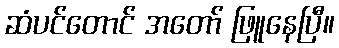
ဆံပင်တောင် အတော် ဖြူနေပြီ။